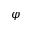
\varphi